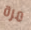
مرة